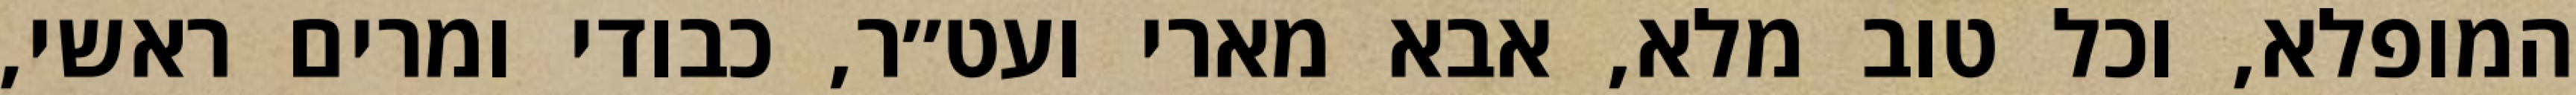
המופלא, וכל טוב מלא, אבא מארי ועט״ר, כבודי ומרים ראשי,